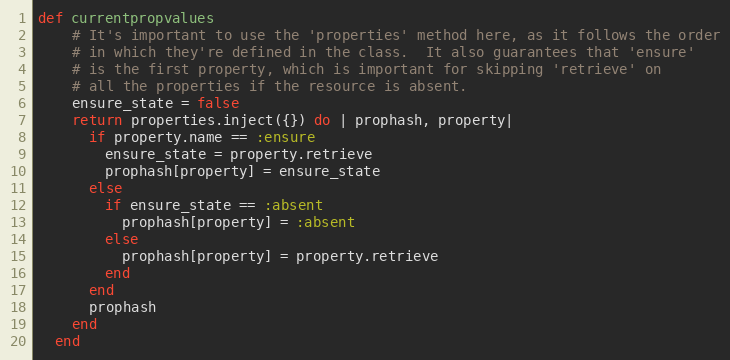
Language: Ruby
def currentpropvalues
    # It's important to use the 'properties' method here, as it follows the order
    # in which they're defined in the class.  It also guarantees that 'ensure'
    # is the first property, which is important for skipping 'retrieve' on
    # all the properties if the resource is absent.
    ensure_state = false
    return properties.inject({}) do | prophash, property|
      if property.name == :ensure
        ensure_state = property.retrieve
        prophash[property] = ensure_state
      else
        if ensure_state == :absent
          prophash[property] = :absent
        else
          prophash[property] = property.retrieve
        end
      end
      prophash
    end
  end